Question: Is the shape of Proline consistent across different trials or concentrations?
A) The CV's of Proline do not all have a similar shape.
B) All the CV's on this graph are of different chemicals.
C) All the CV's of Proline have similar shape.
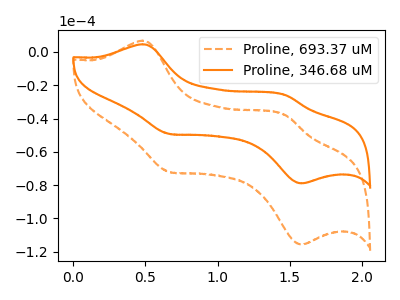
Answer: <think>The orange dashed curve "Proline, 693.37 uM" has anodic peaks at (0.50V, 6.75uA) (1.45V, -37.95uA) and cathodic peaks at (0.65V, -72.10uA) (1.60V, -115.70uA). The orange curve "Proline, 346.68 uM" has anodic peaks at (0.50V, 4.60uA) (1.45V, -25.90uA) and cathodic peaks at (0.65V, -49.20uA) (1.60V, -78.95uA).
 All the peaks in "Proline, 693.37 uM" have a peak in "Proline, 346.68 uM" at the same potential.</think>
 <answer>C) All the CV's of "Proline" have similar shape.</answer>
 <eval>C</eval>